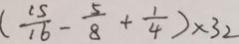
( \frac { 1 5 } { 1 6 } - \frac { 5 } { 8 } + \frac { 1 } { 4 } ) \times 3 2